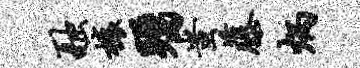
融榱瞩蚩藤炳